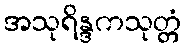
အသုရိန္ဒကသုတ္တံ